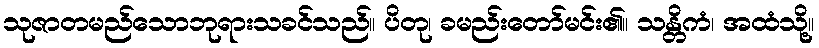
သုဇာတမည်သောဘုရားသခင်သည်။ ပိတု၊ ခမည်းတော်မင်း၏။ သန္တိကံ၊ အထံသို့။